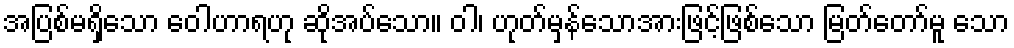
အပြစ်မရှိသော ဝေါဟာရဟု ဆိုအပ်သော။ ဝါ၊ ဟုတ်မှန်သောအားဖြင့်ဖြစ်သော မြတ်တော်မူ သော